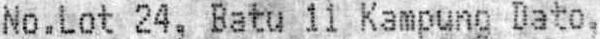
NO.LOT 24, BATU 11 KAMPUNG DATO,